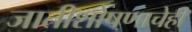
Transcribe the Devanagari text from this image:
जातीशोषणाचेही